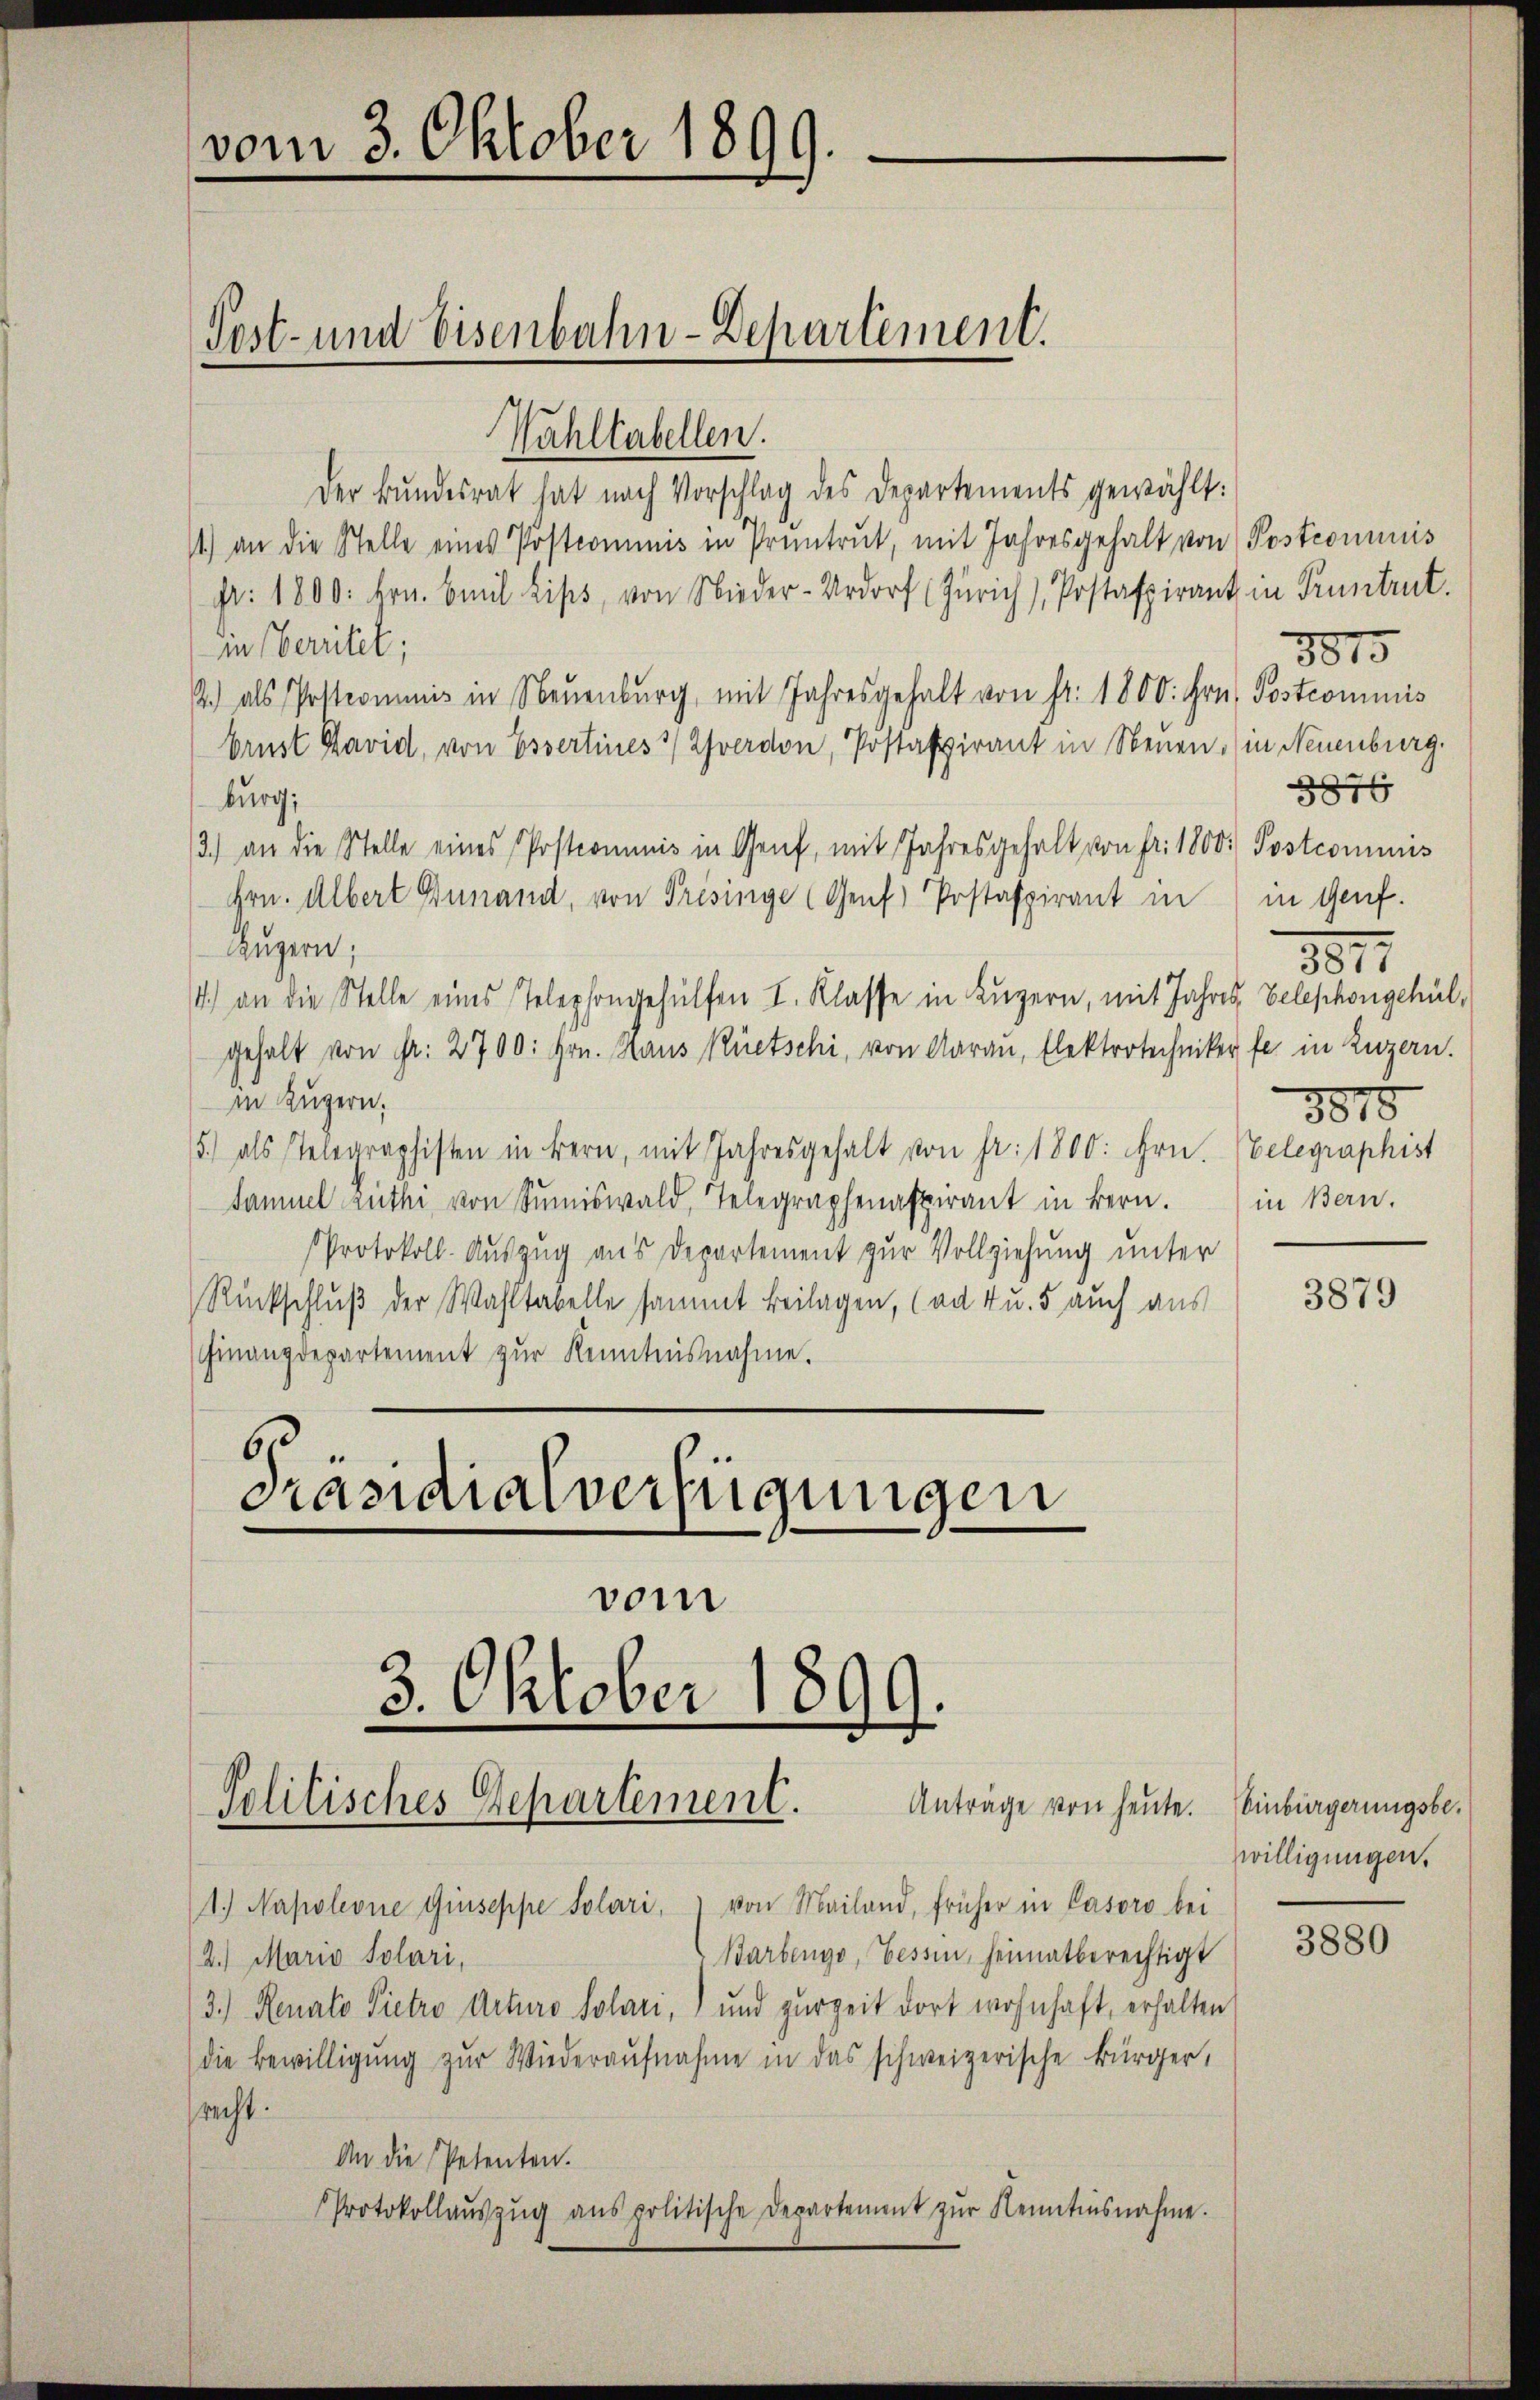
vom 3. Oktober 1899.

Post- und Eisenbahn-Departement.

Wahltabellen.
Der Bundesrat hat nach Vorschlag des Departements gewählt:
11.) an die Stelle eines Postcommis in Pruntrut, mit Jahresgehalt von Postcommis
pr. 1800. Hrn. Emil Lips, von Nieder-Urdorf (Zürich, Postafpirant in Pruntrut.
in bereitet;
2.) als Postcommis in Neuenburg, mit Jahresgehalt von Fr. 1800. Hrn. Postcommis
brust David, von Essertines verdon, Postafpirant in Neuen. (in Neuenburg.
burg;
/3.) an die Stelle eines Postcomunis in Genf, mit Jahresgehalt von fr. 1800. Postcommis
Hrn. Albert Finand, von Frisinge (Genf, Postaspirant in
Luzern;
4.) an die Stelle eines Telephongehülfen I. Klasse in Luzern, mit Jahres, Telephongehül,
gehalt von fr. 2700: hrn. Haus Rüetschi, von Aarau, Elektrotechniker fe in Luzern.
in Luzern,
5.) als Telegraphisten in Bern, mit Jahresgehalt von Fr. 1800. Hrn.
Samuel ruthi von Sumiswald, Telegraphenaspirant in Bern.
Protokoll. Auszug aus Departement zur Vollziehung unter
Rückschluß der Wahltabelle sammt Beilagen, (ad 4 u. 5 auch aus
Finanzdepartement zŭr Kenntnisnahme.
6
Präsidialverfügungen

3. Oktober 1899.
Politisches Departement. Anträge von heŭte. Einbürgerungsbe¬

vom

1.) Napoleone Giuseppe Solari, " von Mailand, früher in Casoro bei
Barbenge, Tessin, heimatberechtigt
2.) Mario Solari,
3.) Renalo Pietro Arturo Solari, und zurzeit dort wohnhaft, erhalten
die Bewilligung zur Wiederaŭfnahme in das schweizerische Bürger,
srecht.
An die Petenten.
Protokollaŭszŭg aŭs politische Departement zŭr Kenntnisnahme.

8876
in Genf.
2
3877
3815
Velegraphist
in Bern.

8815

3879

willigungen.

3880